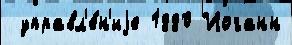
 управл'е́н'иjе 1880 Иоганн